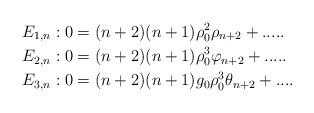
LaTeX: \begin{align*}E_{1,n} & :0=(n+2)(n+1)\rho_{0}^{2}\rho_{n+2}+.....\\E_{2,n} & :0=(n+2)(n+1)\rho_{0}^{3}\varphi_{n+2}+.....\\E_{3,n} & :0=(n+2)(n+1)g_{0}\rho_{0}^{3}\theta_{n+2}+....\end{align*}